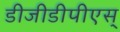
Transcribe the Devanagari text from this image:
डीजीडीपीएस्